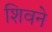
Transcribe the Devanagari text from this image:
शिवने